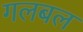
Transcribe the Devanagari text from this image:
गलबल